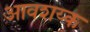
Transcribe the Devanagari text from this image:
आवशय्क